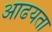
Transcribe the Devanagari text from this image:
आढयता